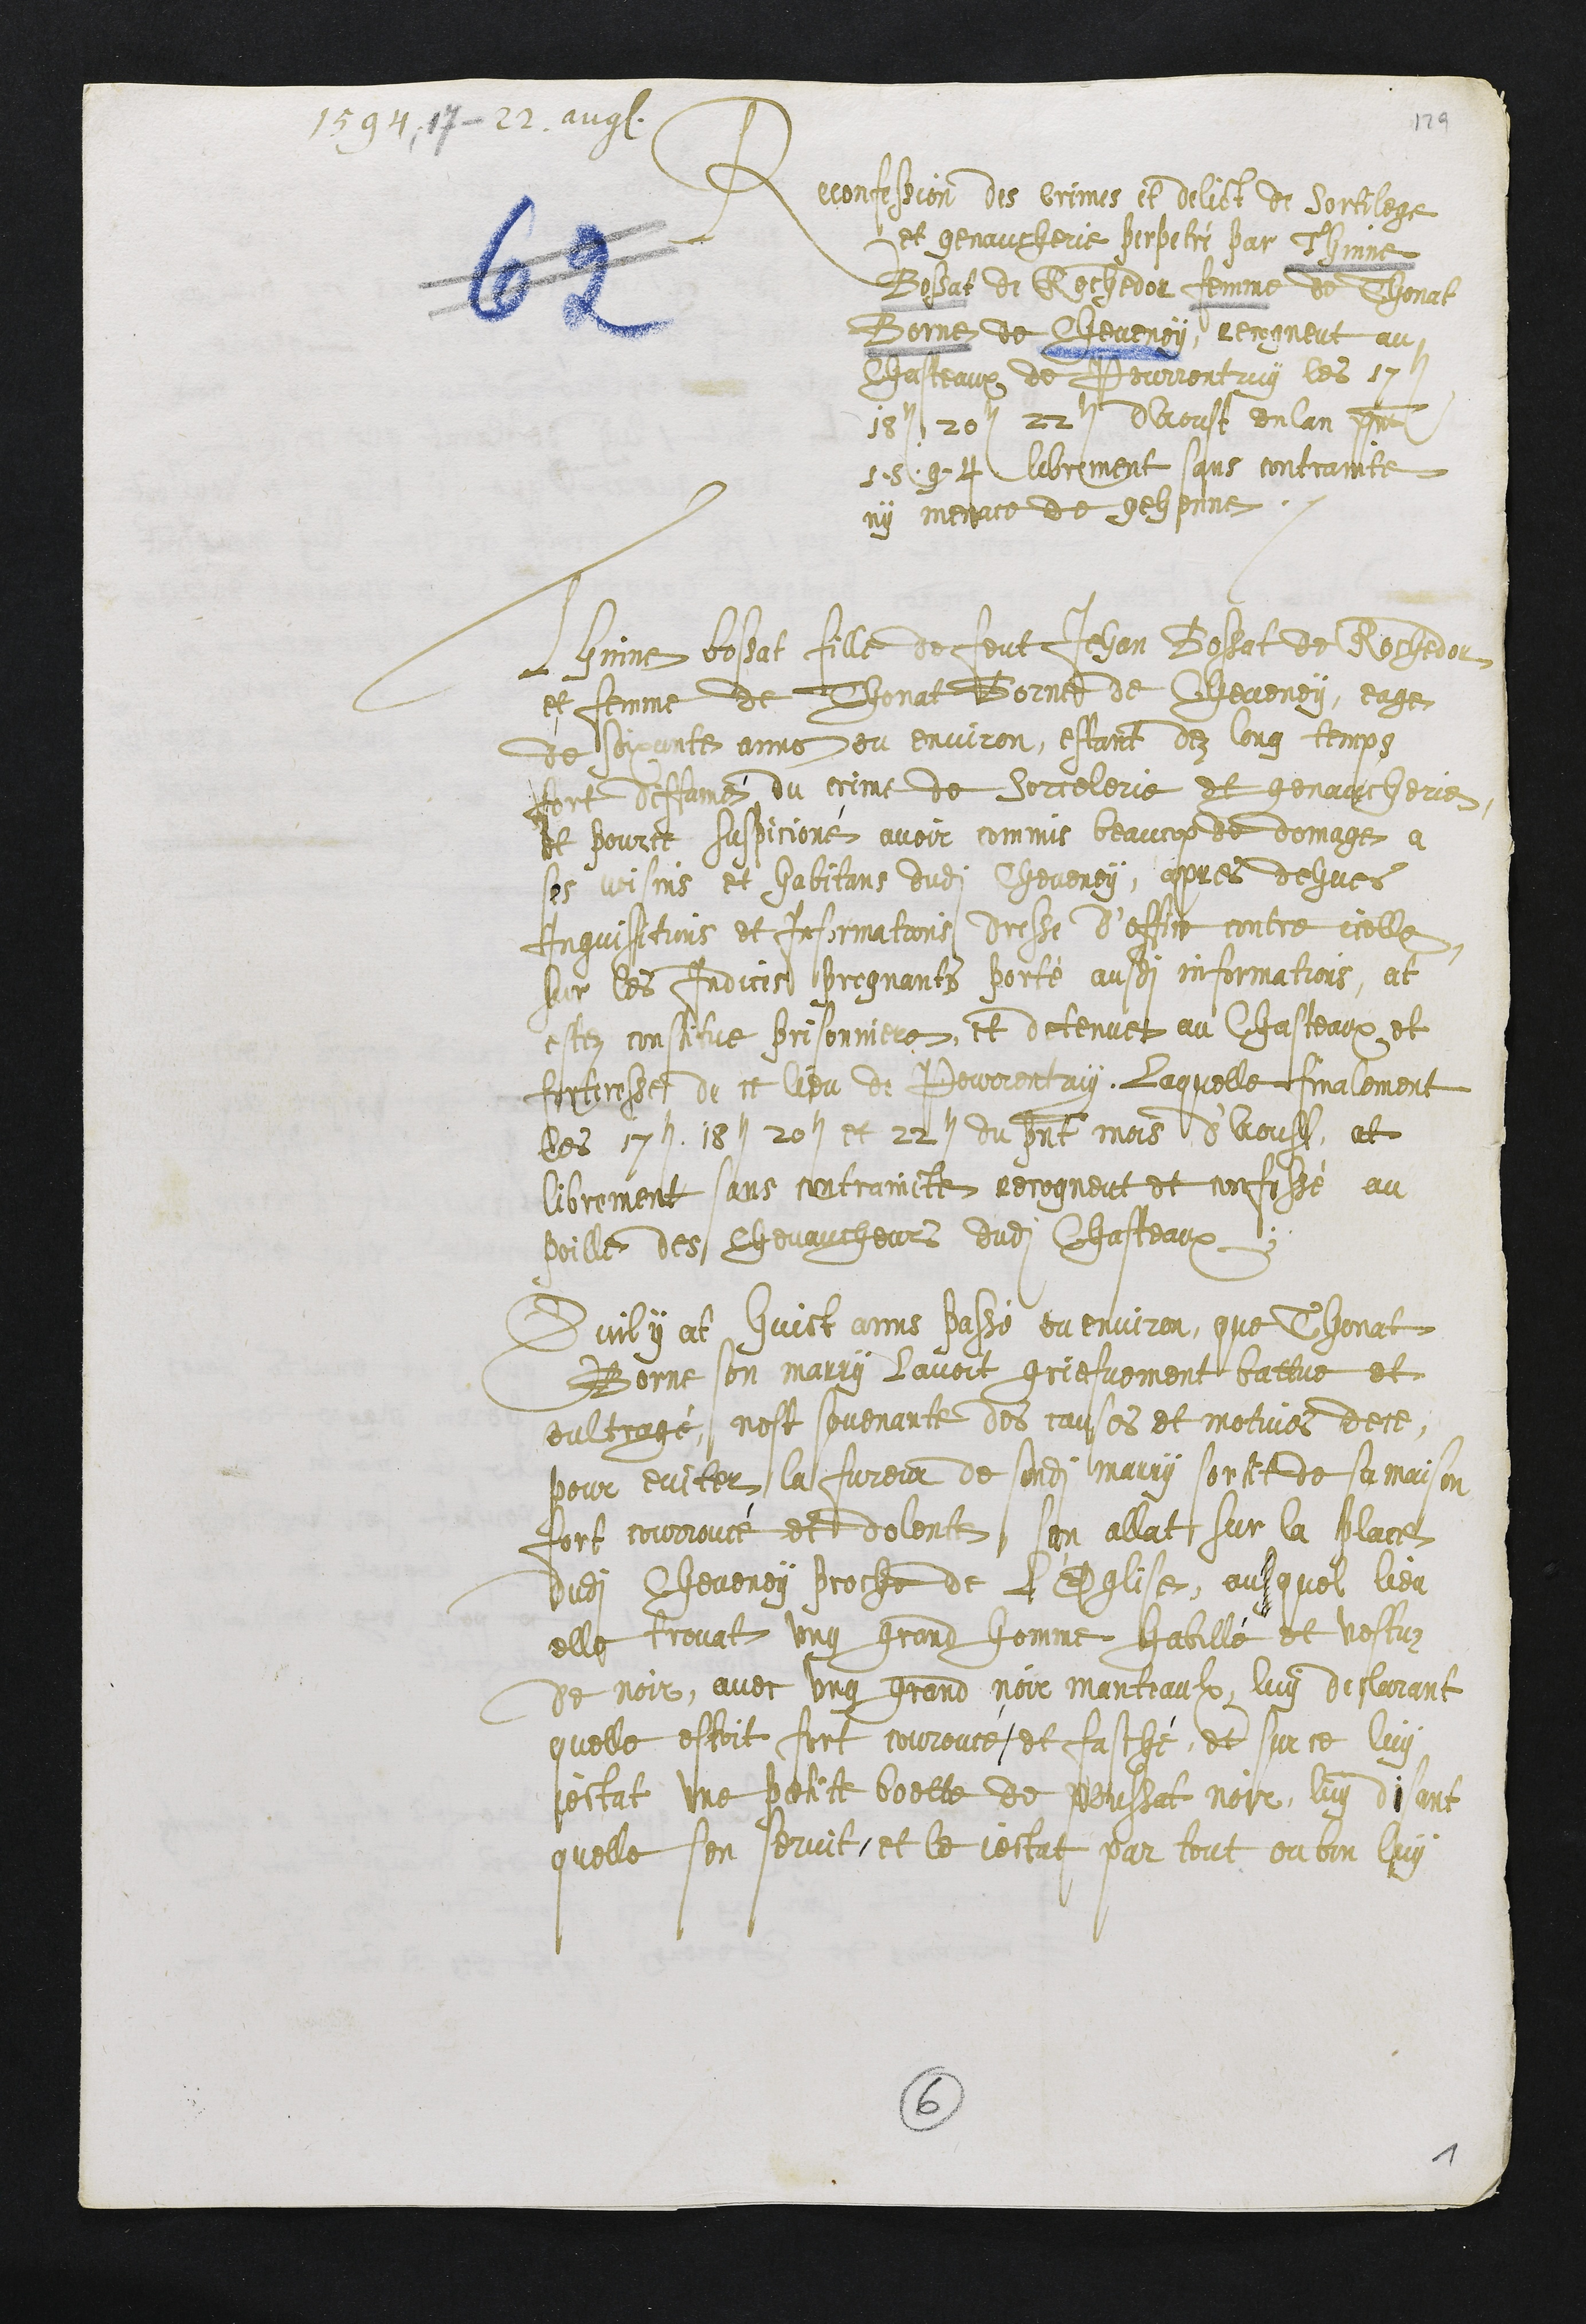
1594, 17- 22 aug.
Reconfession des crimes et delict de sortilege
et genaucherie perpetré par Thinne
Bossat de Rochedor femme de Thonat
Borne de Cheveney, recogneut au
Chasteaux de Pourrentruy les 17e
18e 20e 22e daoust en lan present
1594 librement sans contrainte
ny menace de gehenne.
Thinne bossat fille et feut Jehan Bossat de Rochedor
et femme de Thonat Borne de Cheveney, eage
de soixante anes ou environ, estant dez long temps
fort diffamé du crime de sorcelerie et genaucherie
et pour ce suspicioné avoir commis beaucop de domage a
ses voisins et habitans dudit Cheveney, apres dehues
Inquisitions et Informations dresse d'office contre icelle
sur les Indices pregnants porté ausdites informations, at
estez constitue prisonniere, et detenue au Chasteaux et
forteresse de ce lieu de Pourrentruy, Laquelle finalement
les 17e 18e 20e et 22e du present mois d'Aoust, at
librement sans contraincte recogneut et confessé au
poille des chevaucheurs dudit Chasteaux.
Quil y at huict ans passé ou environ, que Thonat
Borne son marry lavoit griefvement battue et
oultragé, nest souvenante des causes et motives de ce,
pour eviter la fureur de sondit marry sortit de sa maison
fort courroucé et dolente, sen allat sur la place
dudit Cheveney proche de l'Eglise, ausquel lieu
elle trovat ung grand homme habillé et vestuz
de noir, avec ung grand noir manteaulx, luy declarant
quelle estoit fort courroucé et fasché, et sur ce luy
jectat une petite boette de poussat noir, luy disant
quelle sen servit, et le jectat par tout ou bon luy
6
1